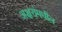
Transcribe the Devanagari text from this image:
अक्षरांमधील